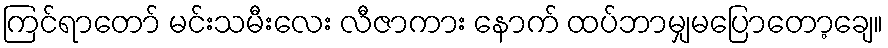
ကြင်ရာတော် မင်းသမီးလေး လီဇာကား နောက် ထပ်ဘာမျှမပြောတော့ချေ။